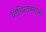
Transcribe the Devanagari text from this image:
तिथिरतनमाला